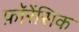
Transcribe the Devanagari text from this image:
फ़ॉरेंसिक